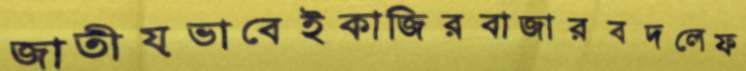
জাতীয়ভাবেইকাজিরবাজারবদলেফ